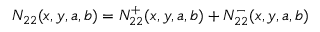
N _ { 2 2 } ( x , y , a , b ) = N _ { 2 2 } ^ { + } ( x , y , a , b ) + N _ { 2 2 } ^ { - } ( x , y , a , b )